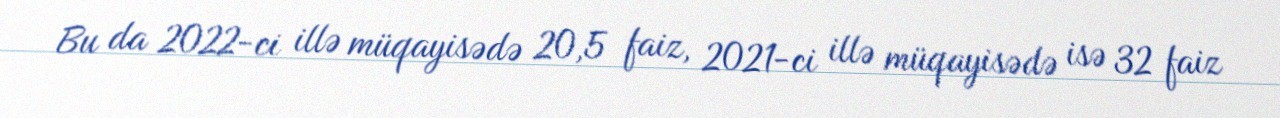
Bu da 2022-ci illə müqayisədə 20,5 faiz, 2021-ci illə müqayisədə isə 32 faiz